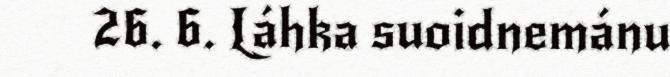
26. 6. Láhka suoidnemánu